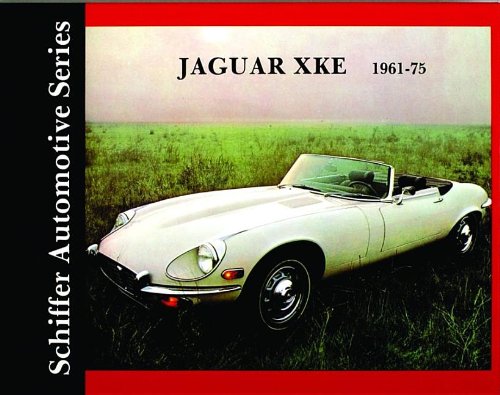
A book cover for Jaguar XKE 1961-1975: (Schiffer Automotive Series); Automotive; Engineering & Transportation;